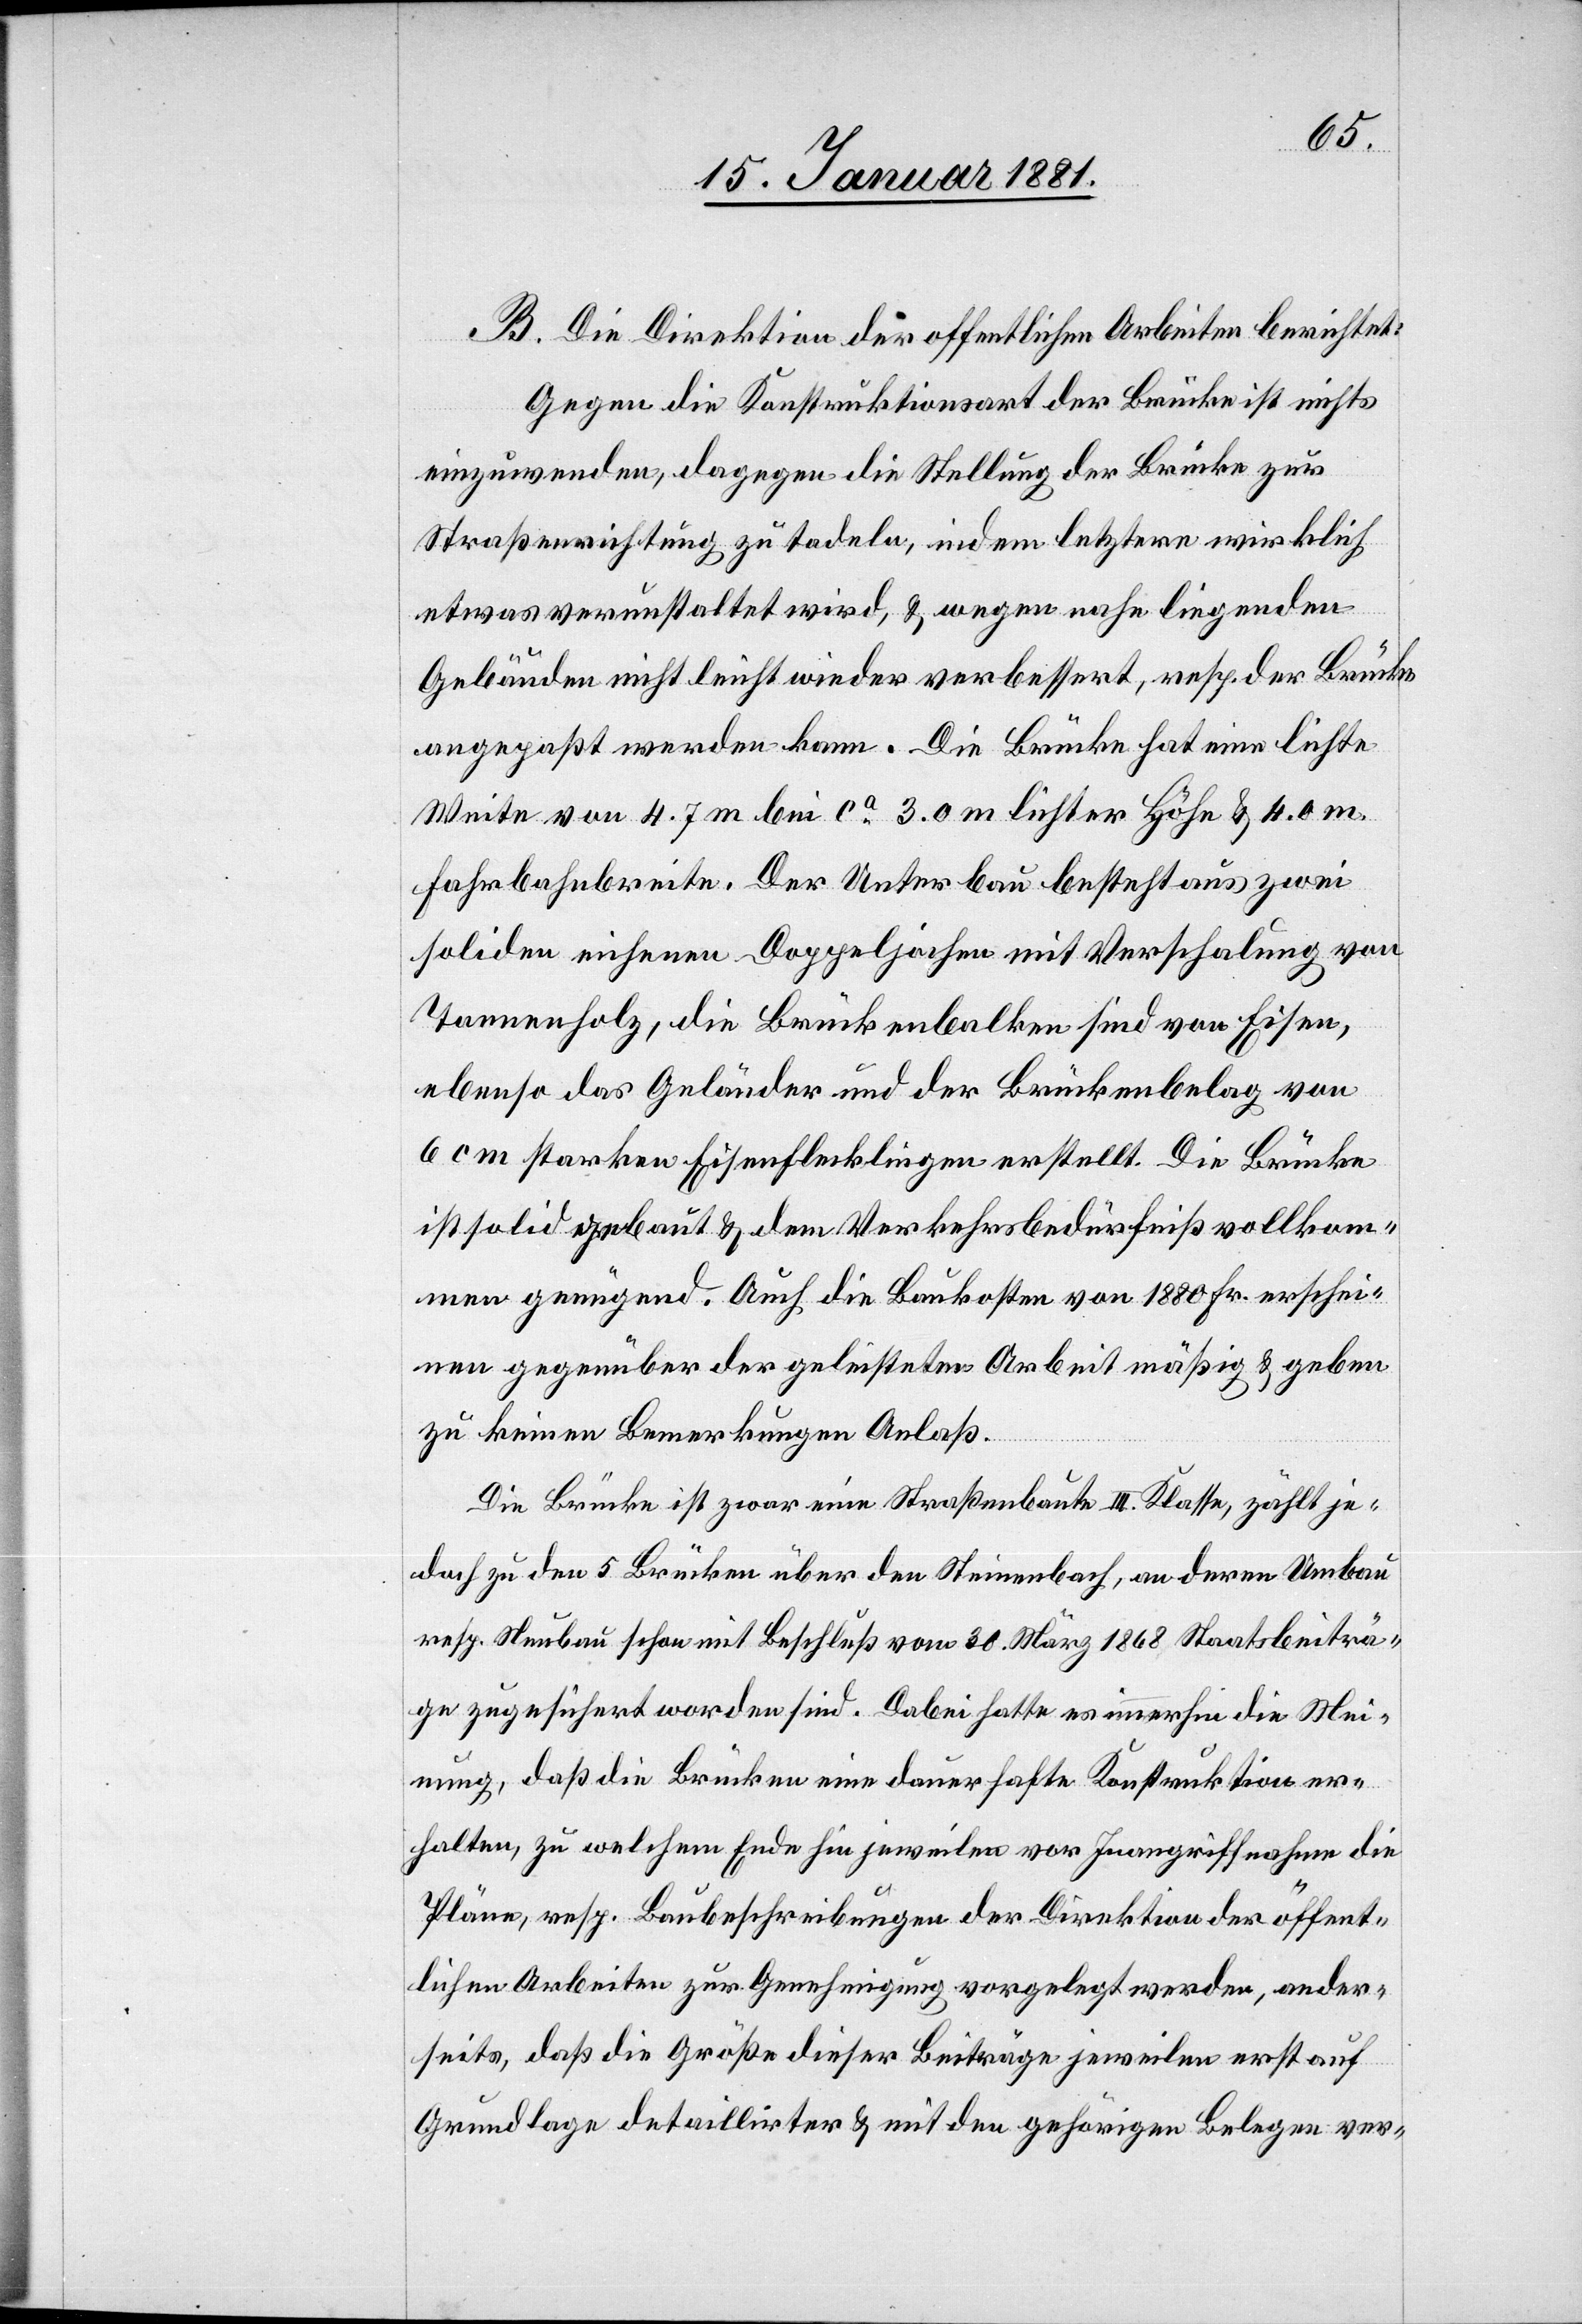
B. Die Direktion der öffentlichen Arbeiten berichtet:
Gegen die Konstruktionsart der Brücke ist nichts
einzuwenden, dagegen die Stellung der Brücke zur
Straßenrichtung zu tadeln, indem letztere wirklich
etwas verunstaltet wird, & wegen nahe liegenden
Gebäuden nicht leicht wieder verbessert, resp. der Brücke
angepaßt werden kann. Die Brücke hat eine lichte
Weite von 7.7 m bei ca 3.0 m lichter Höhe & 4.0 m.
Fahrbahnbreite. Der Unterbau besteht aus zwei
soliden eichenen Doppeljochen mit Verschalung von
Tannenholz, die Brückenbalken sind von Eisen,
ebenso das Geländer und der Brückenbelag von
6 cm starken Eisenflecklingen [recte: Eisenflechtkli¬
ist solid gebaut & dem Verkehrsbedürfniß vollkom¬
men genügend. Auch die Baukosten von 1880 Fr. erschei¬
nen gegenüber der geleisteten Arbeit mäßig & geben
zu keinen Bemerkungen Anlaß.
en]
Die Brücke ist zwar eine Straßenbaute III. Klasse, zählt je¬
doch zu den 5 Brücken über den Steinenbach, an deren Umbau
resp. Neubau schon mit Beschluß vom 30. März 1868 Staatsbeiträ¬
ge zugesichert worden sind. Dabei hatte es immerhin die Mei¬
nung, daß die Brücken eine dauerhafte Konstruktion er¬
halten, zu welchem Ende hin jeweilen vor Inangriffnahme die
Pläne, resp. Baubeschreibungen der Direktion der öffent¬
lichen Arbeiten zur Genehmigung vorgelegt werden, ander¬
seits, daß die Größe dieser Beiträge jeweilen erst auf
Grundlage detailirter & mit den gehörigen Belegen ver-